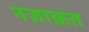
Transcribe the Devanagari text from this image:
नज़ाक़त